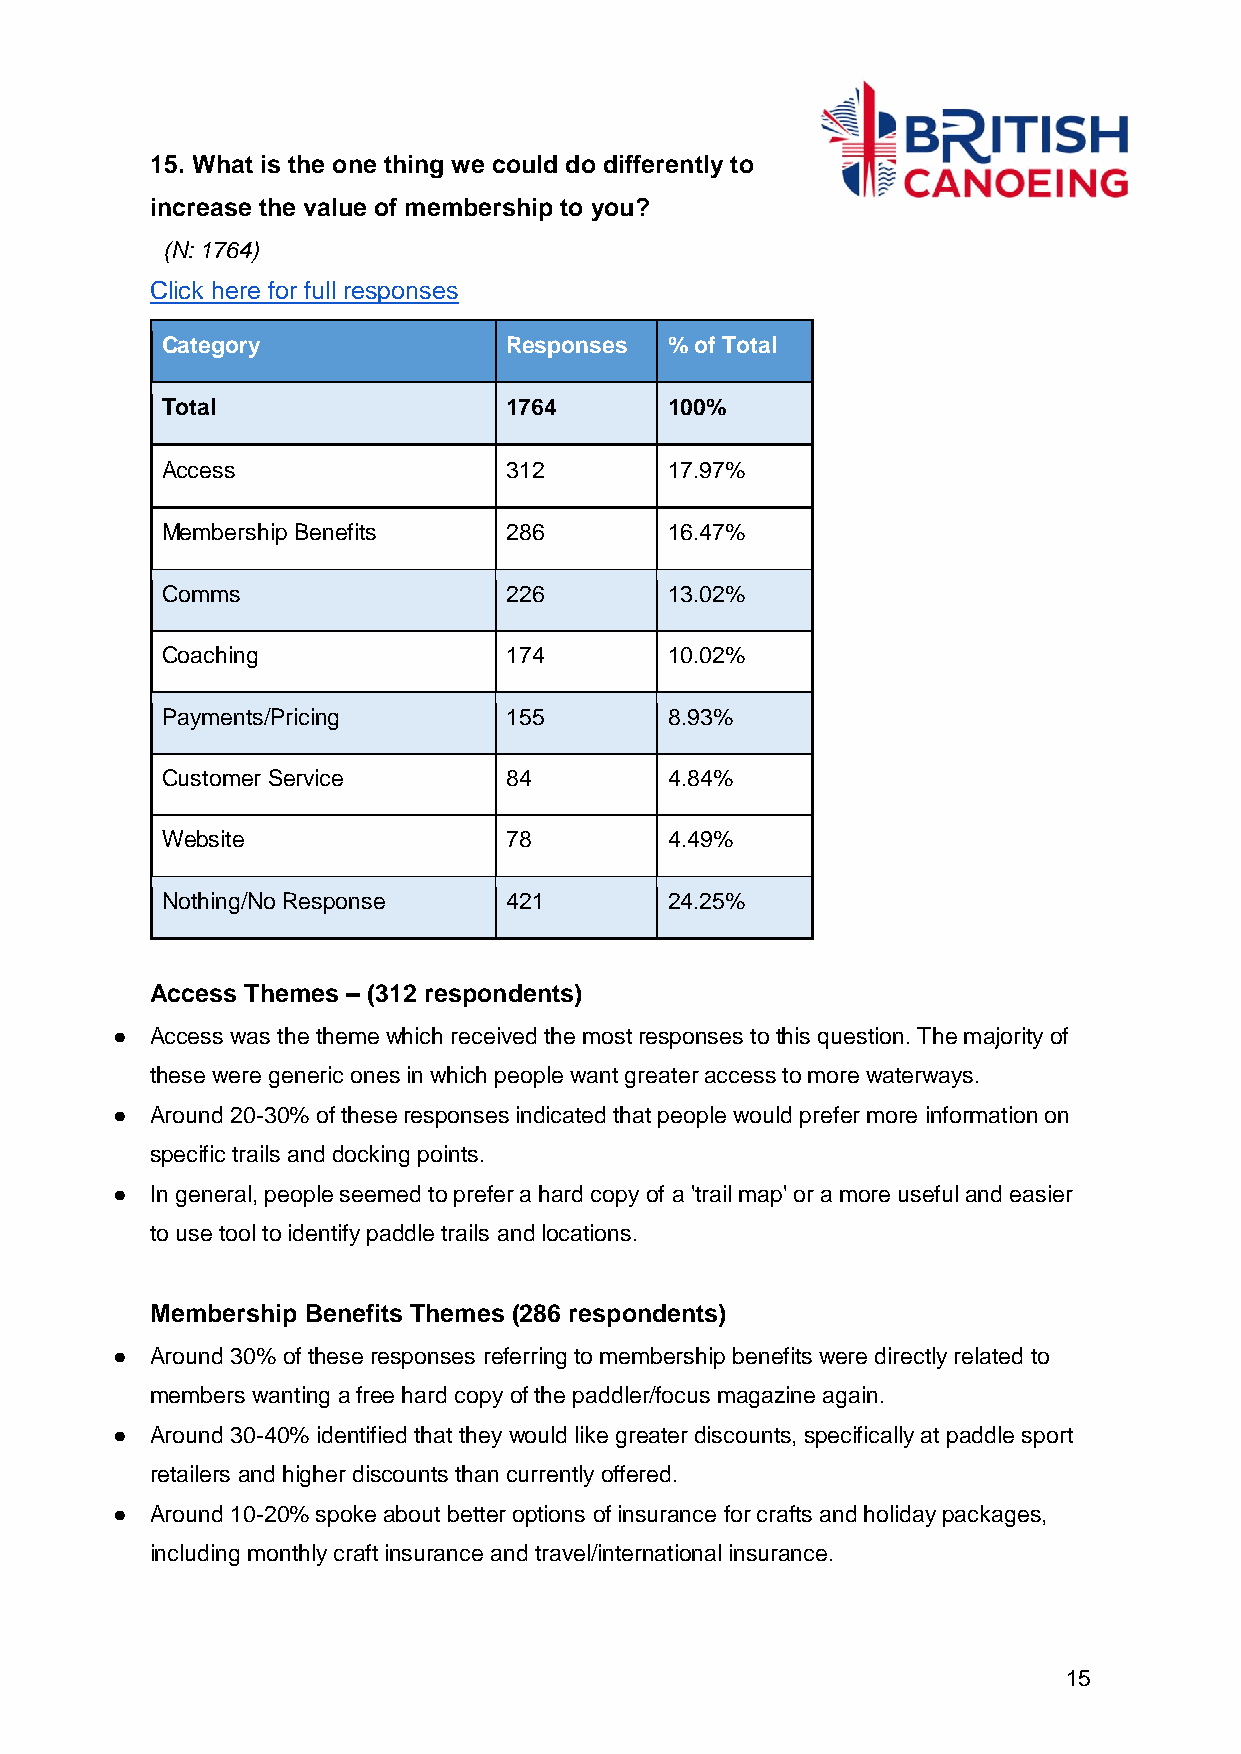
15. What is the one thing we could do differently to
 increase the value of membership to you?
 (N: 1764)
 Click here for full responses
 Category              Responses  % of Total
 Total                 1764       100%
 Access                312        17.97%
 Membership Benefits   286        16.47%
 Comms                 226        13.02%
 Coaching              174        10.02%
 Payments/Pricing      155        8.93%
 Customer Service      84         4.84%
 Website               78         4.49%
 Nothing/No Response   421        24.25%
 Access Themes – (312 respondents)
 ●  Access was the theme which received the most responses to this question. The majority of
 these were generic ones in which people want greater access to more waterways.
 ●  Around 20-30% of these responses indicated that people would prefer more information on
 specific trails and docking points.
 ●  In general, people seemed to prefer a hard copy of a 'trail map' or a more useful and easier
 to use tool to identify paddle trails and locations.
 Membership Benefits Themes (286 respondents)
 ●  Around 30% of these responses referring to membership benefits were directly related to
 members wanting a free hard copy of the paddler/focus magazine again.
 ●  Around 30-40% identified that they would like greater discounts, specifically at paddle sport
 retailers and higher discounts than currently offered.
 ●  Around 10-20% spoke about better options of insurance for crafts and holiday packages,
 including monthly craft insurance and travel/international insurance.
 15